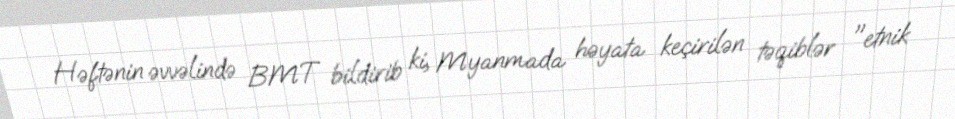
Həftənin əvvəlində BMT bildirib ki, Myanmada həyata keçirilən təqiblər "etnik